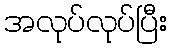
အလုပ်လုပ်ပြီး